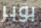
بوبر